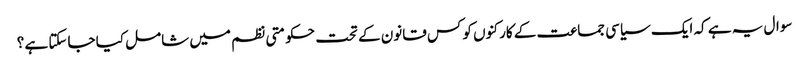
سوال یہ ہے کہ ایک سیاسی جماعت کے کارکنوں کو کس قانون کے تحت حکومتی نظم میں شامل کیا جاسکتا ہے ؟